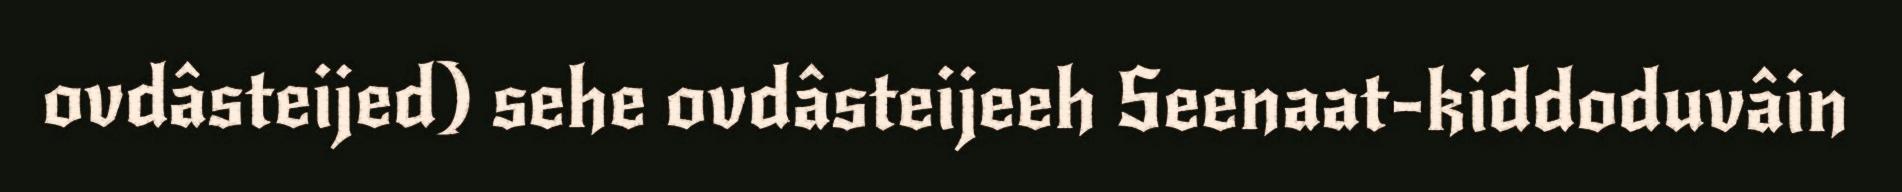
ovdâsteijed) sehe ovdâsteijeeh Seenaat-kiddoduvâin